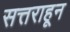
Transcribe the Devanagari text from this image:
सत्तराहून